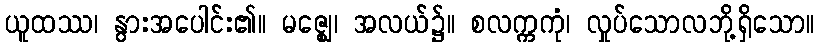
ယူထဿ၊ နွားအပေါင်း၏။ မဇ္ဈေ၊ အလယ်၌။ စလက္ကကုံ၊ လှုပ်သောလဘို့ရှိသော။